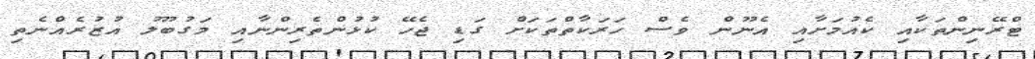
ޓްރޭނިންތަކާއި ކެއުމަށާއި އެނޫން ވެސް ހަރަކާތްތަކަށް ގަޑި ޖެހޭ ކުޅުންތެރިންނާއި މަގުބޫލު އުޒުރެއްނެތި